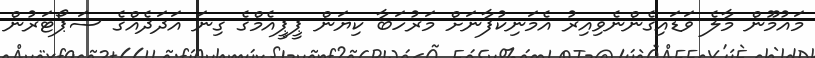
މައުމޫން މާލެ ވަޑައިގެންނެވިއިރު އެމަނިކުފާނަށް މަރުހަބާ ކިޔަން ޕީޕީއެމްގެ ގިނަ އަދަދެއްގެ ސަޕޯޓަރުން